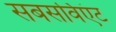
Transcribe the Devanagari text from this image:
सबसर्विएंट